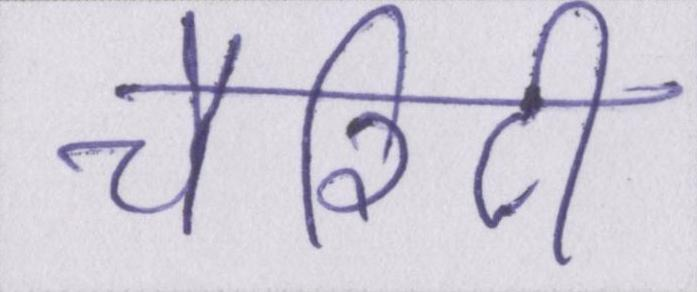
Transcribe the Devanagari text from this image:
चैरिटी